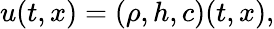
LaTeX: u(t,x)=(\rho,h,c)(t,x),